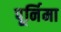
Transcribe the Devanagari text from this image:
पूर्निमा